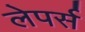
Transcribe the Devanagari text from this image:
लेपर्स